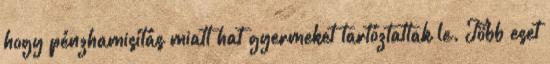
hogy pénzhamisítás miatt hat gyermeket tartóztattak le. Több eset